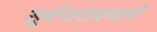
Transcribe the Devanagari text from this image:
सूर्यनारायणाने